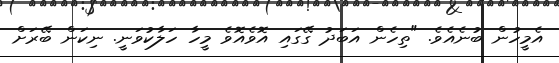
އެމީހުން ބުނެއެވެ. "ތިހެން އަބަދު ގޭގައި އޮވެއޮވެ މީހާ ހަލާކުވަނީ. ނިކަން ބޭރަށް